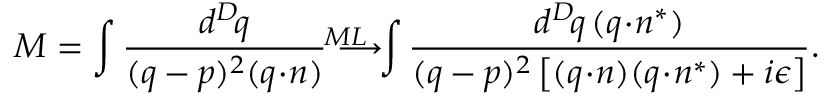
{ \cal M } = \int \frac { d ^ { D } \! q } { ( q - p ) ^ { 2 } ( q \! \cdot \! n ) } \longrightarrow ^ { \! \! \! \! \! \! \! \! \! \! \! \! \! \! M L } \int \frac { d ^ { D } \! q \, ( q \! \cdot \! n ^ { * } ) } { ( q - p ) ^ { 2 } \left[ ( q \! \cdot \! n ) ( q \! \cdot \! n ^ { * } ) + i \epsilon \right] } .